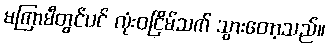
မကြာမီတွင်ပင် လုံးဝငြိမ်သက် သွားတော့သည်။